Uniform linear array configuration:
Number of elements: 64
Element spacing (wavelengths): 0.5
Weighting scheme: kaiser
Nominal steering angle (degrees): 45
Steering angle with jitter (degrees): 44.985
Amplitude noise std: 0.05
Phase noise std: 0.05

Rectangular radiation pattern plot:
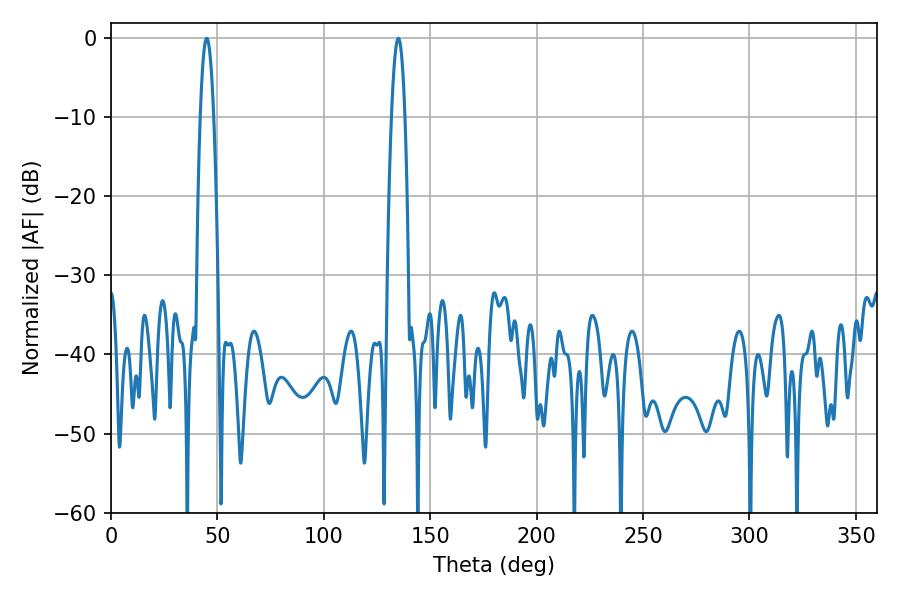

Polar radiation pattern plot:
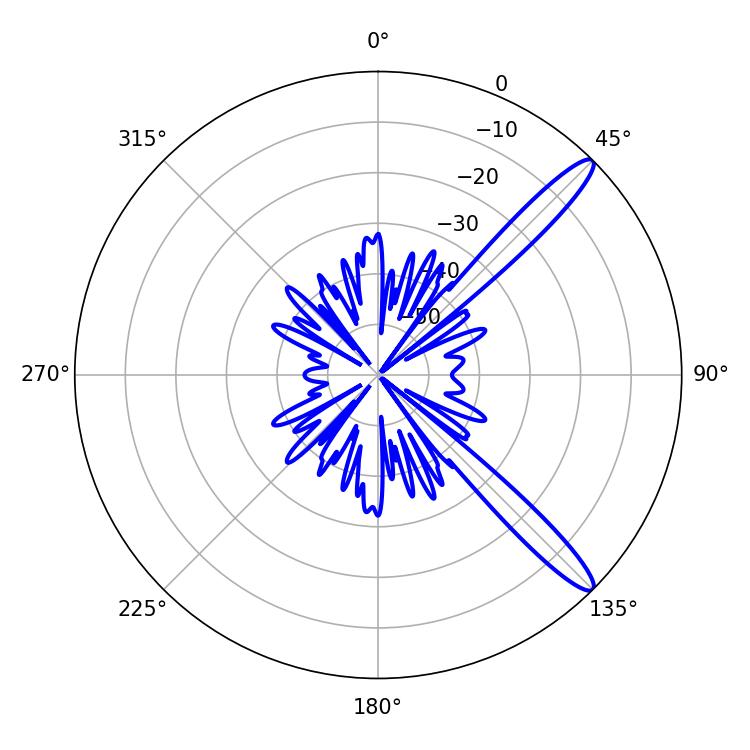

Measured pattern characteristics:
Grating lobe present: FALSE
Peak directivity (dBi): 13.307
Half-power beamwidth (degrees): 3.42
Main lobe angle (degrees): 45